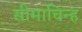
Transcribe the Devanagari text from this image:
सीमाचिन्‍ह